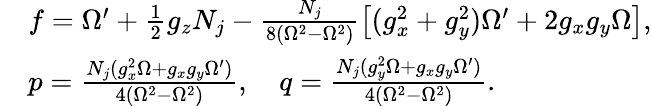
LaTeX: \begin{array}{rl}&{f=\Omega^{\prime}+\frac{1}{2}g_{z}N_{j}-\frac{N_{j}}{8(\Omega^{2}-\Omega^{2})}\left[(g_{x}^{2}+g_{y}^{2})\Omega^{\prime}+2g_{x}g_{y}\Omega\right],}\\ &{p=\frac{N_{j}(g_{x}^{2}\Omega+g_{x}g_{y}\Omega^{\prime})}{4(\Omega^{2}-\Omega^{2})},\quad q=\frac{N_{j}(g_{y}^{2}\Omega+g_{x}g_{y}\Omega^{\prime})}{4(\Omega^{2}-\Omega^{2})}.}\end{array}